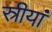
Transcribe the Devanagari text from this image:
स्रीयां